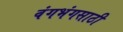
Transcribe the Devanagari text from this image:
वंगभंगसाठी